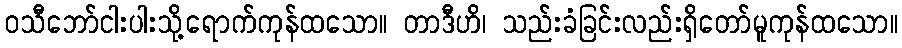
ဝသီဘော်ငါးပါးသို့ရောက်ကုန်ထသော။ တာဒီဟိ၊ သည်းခံခြင်းလည်းရှိတော်မူကုန်ထသော။